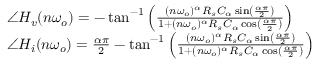
\begin{array} { r l } & { \angle H _ { v } ( n \omega _ { o } ) = - \tan ^ { - 1 } \left( \frac { ( n \omega _ { o } ) ^ { \alpha } R _ { s } C _ { \alpha } \sin \left( \frac { \alpha \pi } { 2 } \right) } { 1 + ( n \omega _ { o } ) ^ { \alpha } R _ { s } C _ { \alpha } \cos \left( \frac { \alpha \pi } { 2 } \right) } \right) } \\ & { \angle H _ { i } ( n \omega _ { o } ) = \frac { \alpha \pi } { 2 } - \tan ^ { - 1 } \left( \frac { ( n \omega _ { o } ) ^ { \alpha } R _ { s } C _ { \alpha } \sin \left( \frac { \alpha \pi } { 2 } \right) } { 1 + ( n \omega _ { o } ) ^ { \alpha } R _ { s } C _ { \alpha } \cos \left( \frac { \alpha \pi } { 2 } \right) } \right) } \end{array}